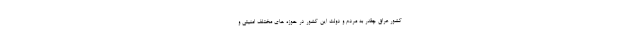
كشور عراق چقدر به مردم و دولت اين كشور در حوزه هاي مختلف امنيتي و